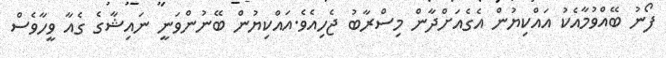
ފޯނު ބޭއްވުމާއެކު އައްކިޔުން އެގެއަށްދާން މިސްރާބު ޖެހިއެވެ.އައްކިޔުން ބޭނުންވަނީ ނައިޝާގެ ގެއާ ވީހާވެސް